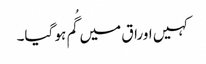
کہیں اوراق میں گُم ہو گیا۔